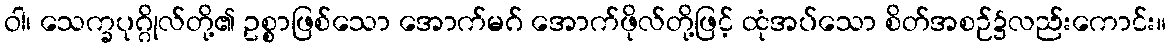
ဝါ၊ သေက္ခပုဂ္ဂိုလ်တို့၏ ဥစ္စာဖြစ်သော အောက်မဂ် အောက်ဖိုလ်တို့ဖြင့် ထုံအပ်သော စိတ်အစဉ်၌လည်းကောင်း။